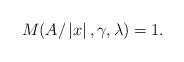
LaTeX: \begin{align*}M(A/\left|x\right|,\gamma,\lambda) =1.\end{align*}